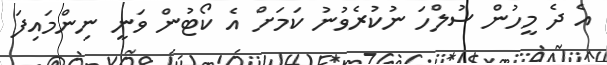
އެ ދެ މީހުން ސުލްހަ ނުކުރެވުނު ކަމަށް އެ ކޯޓުން ވަނީ ނިންމައިފަ